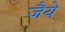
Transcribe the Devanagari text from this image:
जैये